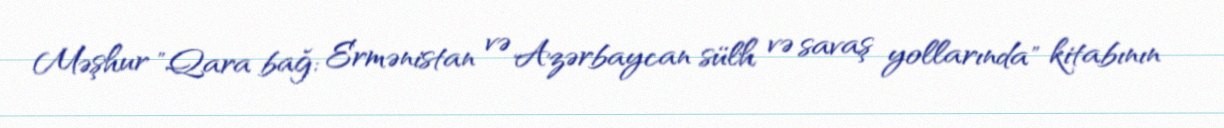
Məşhur "Qara bağ: Ermənistan və Azərbaycan sülh və savaş yollarında" kitabının